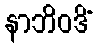
နာဘိဝဒိံ